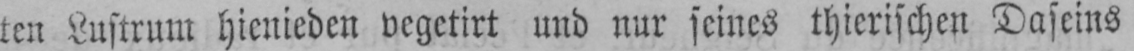
ten Lustrum hienieden vegetirt und nur seines thierischen Daseins